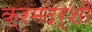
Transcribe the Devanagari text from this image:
क्रमदर्शी